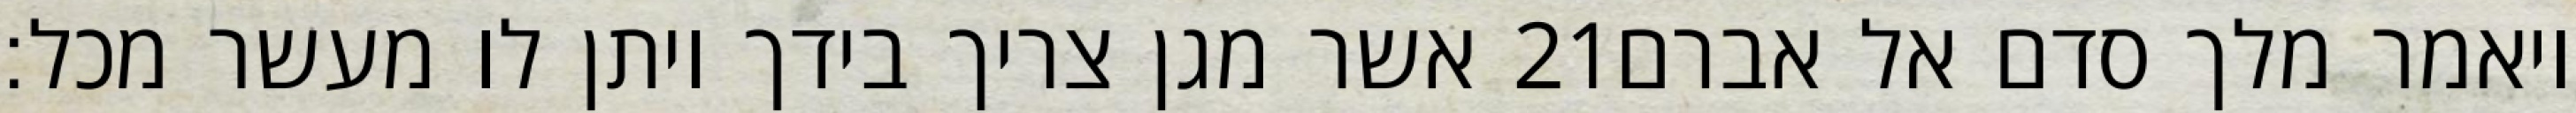
אשר מגן צריך בידך ויתן לו מעשר מכל׃ ‎21‏ ויאמר מלך סדם אל אברם